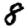
Digit: 8